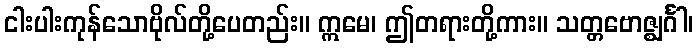
ငါးပါးကုန်သောဗိုလ်တို့ပေတည်း။ ဣမေ၊ ဤတရားတို့ကား။ သတ္တဗောဇ္ဈင်္ဂါ၊